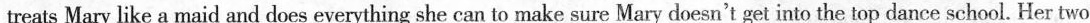
treats Mary like a maid and does everything she can to make sure Mary doesn't get into the top dance school. Her two